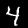
Digit: 4